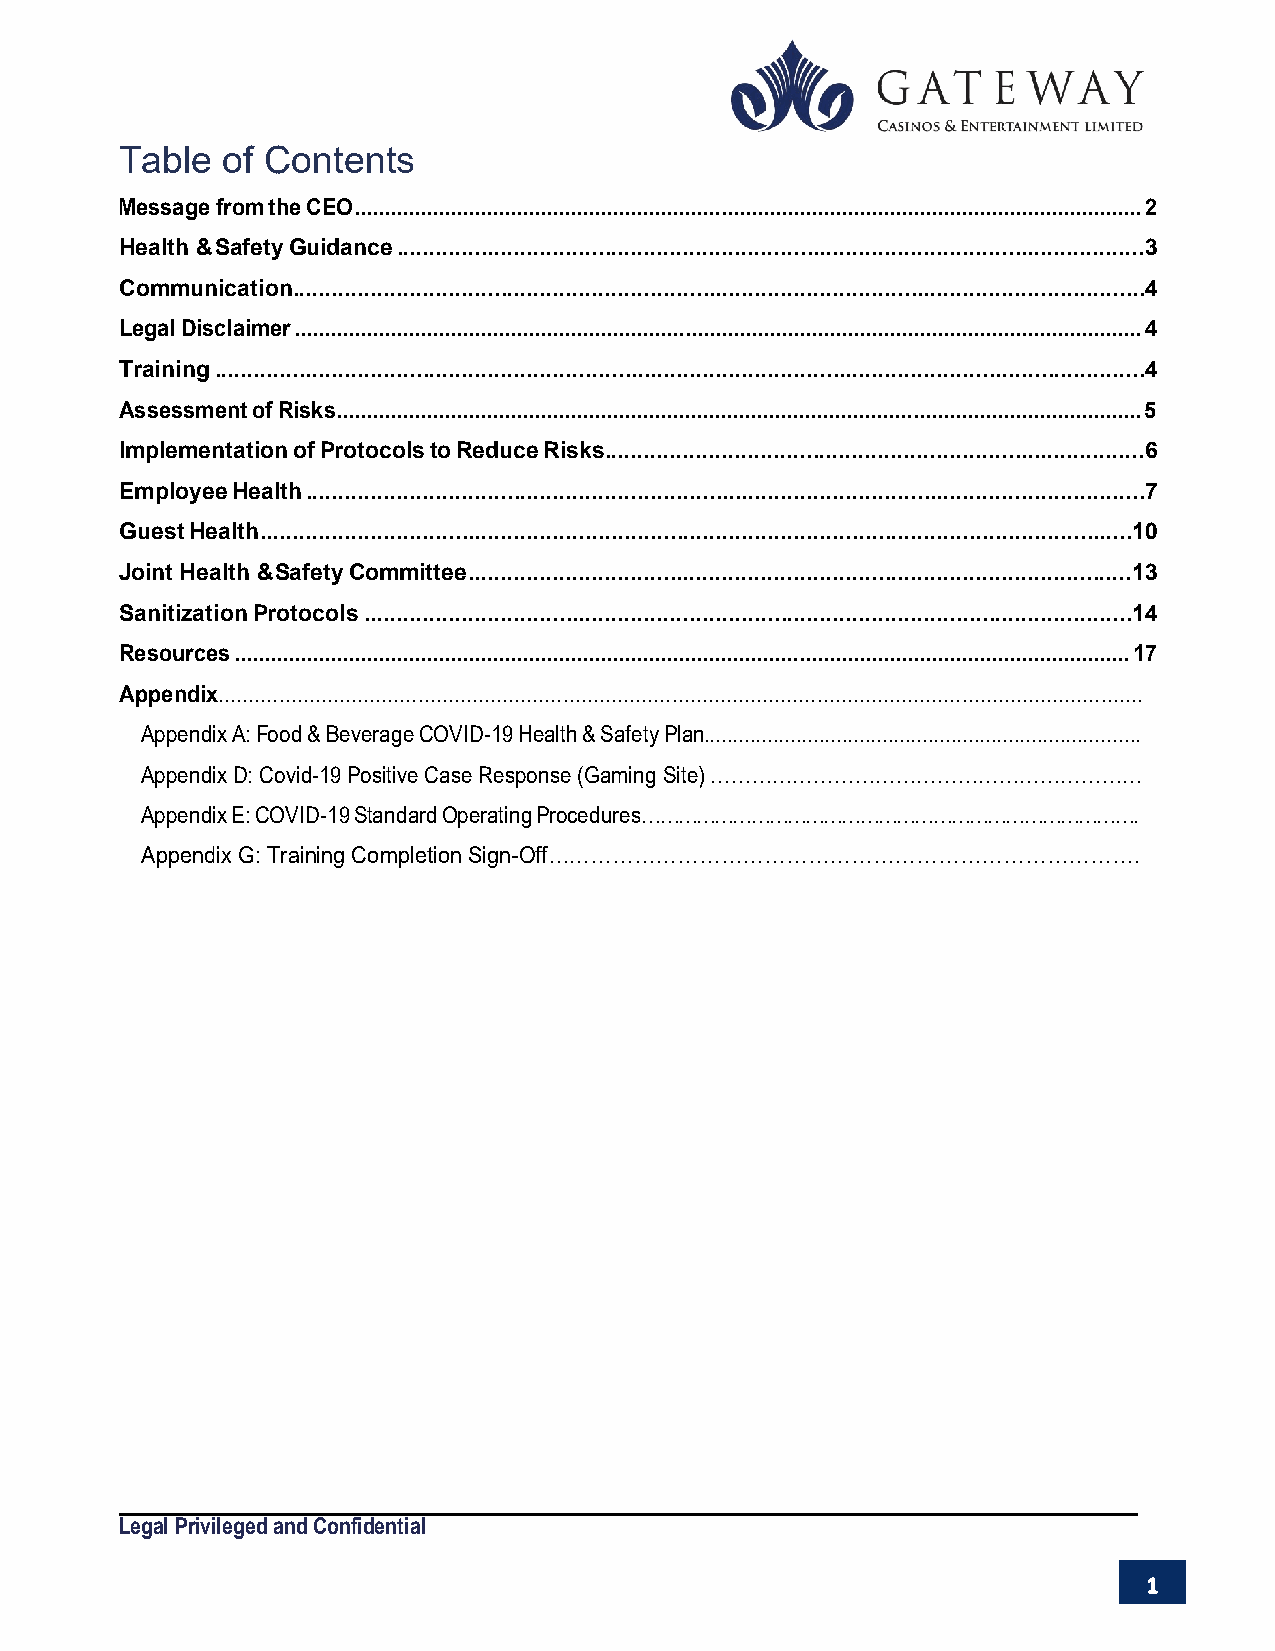
Table  of Contents
 Message from the CEO ................................................................................................................................... 2
 Health & Safety Guidance ...................................................................................................................3
 Communication ................................................................................................................................... 4
 Legal Disclaimer ............................................................................................................................................. 4
 Training ............................................................................................................................................... 4
 Assessment of Risks...................................................................................................................................... 5
 Implementation of Protocols to Reduce Risks ................................................................................... 6
 Employee Health ................................................................................................................................. 7
 Guest Health ...................................................................................................................................... 10
 Joint Health & Safety Committee ...................................................................................................... 13
 Sanitization Protocols ...................................................................................................................... 14
 Resources ..................................................................................................................................................... 17
 Appendix.........................................................................................................................................................
 Appendix A: Food & Beverage COVID-19 Health & Safety Plan............................................................................
 Appendix D: Covid-19 Positive Case Response (Gaming Site) ………………………………………………………
 Appendix E: COVID-19 Standard Operating Procedures……………………………………………………………………….
 Appendix G: Training Completion Sign-Off……………………………………………………………………….
 Legal Privileged and Confidential